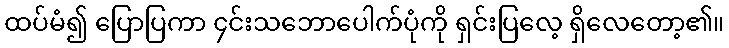
ထပ်မံ၍ ပြောပြကာ ၄င်းသဘောပေါက်ပုံကို ရှင်းပြလေ့ ရှိလေတော့၏။